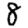
Digit: 8